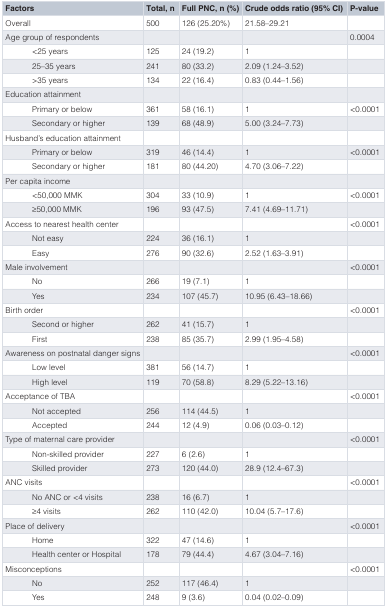
<table><thead><tr><td><b>Factors</b></td><td><b>Total, n</b></td><td><b>Full PNC, n (%)</b></td><td><b>Crude odds ratio (95% CI)</b></td><td><b>P-value</b></td></tr></thead><tbody><tr><td>Overall</td><td>500</td><td>126 (25.20%)</td><td>21.58–29.21</td><td></td></tr><tr><td>Age group of respondents</td><td></td><td></td><td></td><td>0.0004</td></tr><tr><td>&lt;25 years</td><td>125</td><td>24 (19.2)</td><td>1</td><td></td></tr><tr><td>25–35 years</td><td>241</td><td>80 (33.2)</td><td>2.09 (1.24–3.52)</td><td></td></tr><tr><td>&gt;35 years</td><td>134</td><td>22 (16.4)</td><td>0.83 (0.44–1.56)</td><td></td></tr><tr><td>Education attainment</td><td></td><td></td><td></td><td></td></tr><tr><td>Primary or below</td><td>361</td><td>58 (16.1)</td><td>1</td><td>&lt;0.0001</td></tr><tr><td>Secondary or higher</td><td>139</td><td>68 (48.9)</td><td>5.00 (3.24–7.73)</td><td></td></tr><tr><td>Husband’s education attainment</td><td></td><td></td><td></td><td></td></tr><tr><td>Primary or below</td><td>319</td><td>46 (14.4)</td><td>1</td><td>&lt;0.0001</td></tr><tr><td>Secondary or higher</td><td>181</td><td>80 (44.20)</td><td>4.70 (3.06–7.22)</td><td></td></tr><tr><td>Per capita income</td><td></td><td></td><td></td><td></td></tr><tr><td>&lt;50,000 MMK</td><td>304</td><td>33 (10.9)</td><td>1</td><td>&lt;0.0001</td></tr><tr><td>≥50,000 MMK</td><td>196</td><td>93 (47.5)</td><td>7.41 (4.69–11.71)</td><td></td></tr><tr><td>Access to nearest health center</td><td></td><td></td><td></td><td>&lt;0.0001</td></tr><tr><td>Not easy</td><td>224</td><td>36 (16.1)</td><td>1</td><td></td></tr><tr><td>Easy</td><td>276</td><td>90 (32.6)</td><td>2.52 (1.63–3.91)</td><td></td></tr><tr><td>Male involvement</td><td></td><td></td><td></td><td>&lt;0.0001</td></tr><tr><td>No</td><td>266</td><td>19 (7.1)</td><td>1</td><td></td></tr><tr><td>Yes</td><td>234</td><td>107 (45.7)</td><td>10.95 (6.43–18.66)</td><td></td></tr><tr><td>Birth order</td><td></td><td></td><td></td><td>&lt;0.0001</td></tr><tr><td>Second or higher</td><td>262</td><td>41 (15.7)</td><td>1</td><td></td></tr><tr><td>First</td><td>238</td><td>85 (35.7)</td><td>2.99 (1.95–4.58)</td><td></td></tr><tr><td>Awareness on postnatal danger signs</td><td></td><td></td><td></td><td>&lt;0.0001</td></tr><tr><td>Low level</td><td>381</td><td>56 (14.7)</td><td>1</td><td></td></tr><tr><td>High level</td><td>119</td><td>70 (58.8)</td><td>8.29 (5.22–13.16)</td><td></td></tr><tr><td>Acceptance of TBA</td><td></td><td></td><td></td><td>&lt;0.0001</td></tr><tr><td>Not accepted</td><td>256</td><td>114 (44.5)</td><td>1</td><td></td></tr><tr><td>Accepted</td><td>244</td><td>12 (4.9)</td><td>0.06 (0.03–0.12)</td><td></td></tr><tr><td>Type of maternal care provider</td><td></td><td></td><td></td><td>&lt;0.0001</td></tr><tr><td>Non-skilled provider</td><td>227</td><td>6 (2.6)</td><td>1</td><td></td></tr><tr><td>Skilled provider</td><td>273</td><td>120 (44.0)</td><td>28.9 (12.4–67.3)</td><td></td></tr><tr><td>ANC visits</td><td></td><td></td><td></td><td>&lt;0.0001</td></tr><tr><td>No ANC or &lt;4 visits</td><td>238</td><td>16 (6.7)</td><td>1</td><td></td></tr><tr><td>≥4 visits</td><td>262</td><td>110 (42.0)</td><td>10.04 (5.7–17.6)</td><td></td></tr><tr><td>Place of delivery</td><td></td><td></td><td></td><td>&lt;0.0001</td></tr><tr><td>Home</td><td>322</td><td>47 (14.6)</td><td>1</td><td></td></tr><tr><td>Health center or Hospital</td><td>178</td><td>79 (44.4)</td><td>4.67 (3.04–7.16)</td><td></td></tr><tr><td>Misconceptions </td><td></td><td></td><td></td><td>&lt;0.0001</td></tr><tr><td>No</td><td>252</td><td>117 (46.4)</td><td>1</td><td></td></tr><tr><td>Yes</td><td>248</td><td>9 (3.6)</td><td>0.04 (0.02–0.09)</td><td></td></tr></tbody></table>